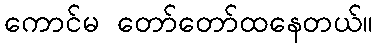
ကောင်မ တော်တော်ထနေတယ်။